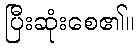
ပြီးဆုံးစေ၏။